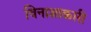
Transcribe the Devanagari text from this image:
विनाशाकारी